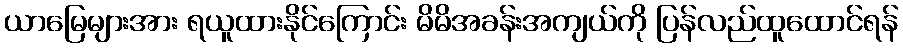
ယာမြေများအား ရယူထားနိုင်ကြောင်း မိမိအခန်းအကျယ်ကို ပြန်လည်ထူထောင်ရန်